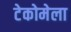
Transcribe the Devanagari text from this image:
टेकोमेला